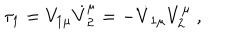
LaTeX: \tau _ { 1 } = V _ { 1 \mu } \dot { V } _ { 2 } ^ { \mu } = - \dot { V } _ { 1 \mu } V _ { 2 } ^ { \mu } ~ ,